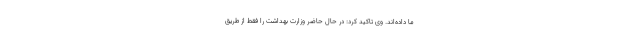
ما داده‌اند. وی تاکید کرد: در حال حاضر وزارت بهداشت را فقط از طریق